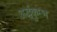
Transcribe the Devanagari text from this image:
अर्द्धकुम्भ